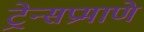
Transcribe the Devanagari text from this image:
ट्रेन्सप्रमाणे